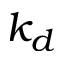
k _ { d }